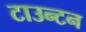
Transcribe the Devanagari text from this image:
टाउन्टन